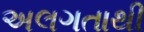
અલગતાથી